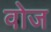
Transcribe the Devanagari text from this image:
वोज